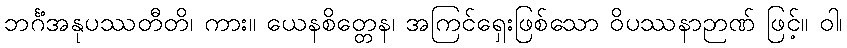
ဘင်္ဂံအနုပဿတီတိ၊ ကား။ ယေနစိတ္တေန၊ အကြင်ရှေးဖြစ်သော ဝိပဿနာဉာဏ် ဖြင့်။ ဝါ၊